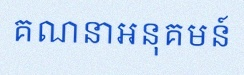
គណនាអនុគមន៍